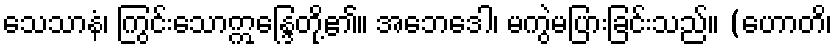
သေသာနံ၊ ကြွင်းသောဣန္ဒြေတို့၏။ အဘေဒေါ၊ မကွဲမပြားခြင်းသည်။ (ဟောတိ၊